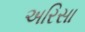
અરિસા